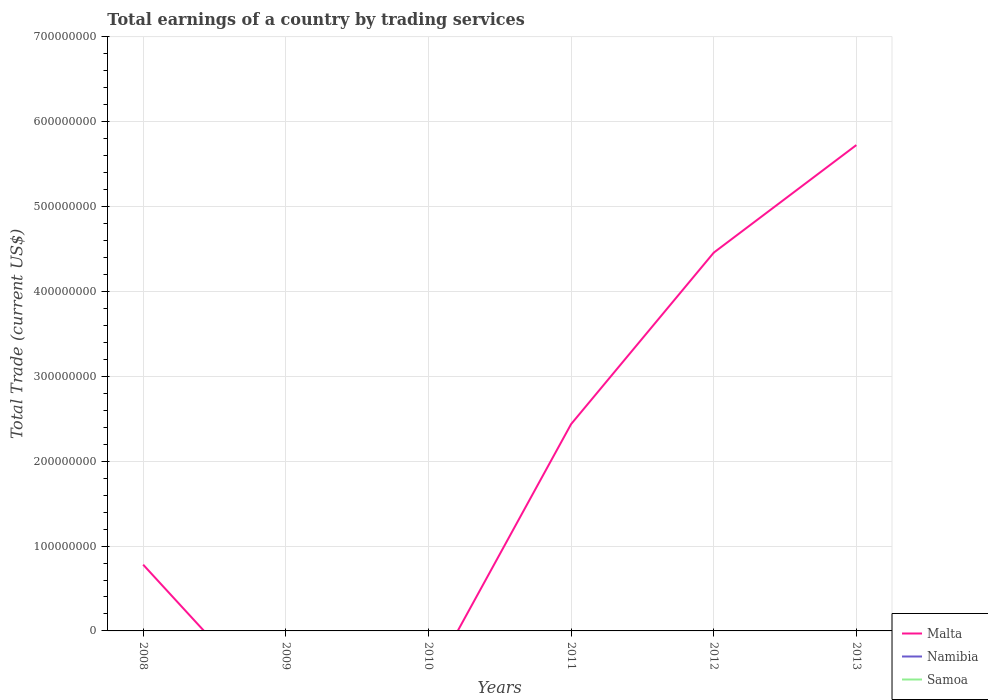
| Years | Malta | Namibia | Samoa |
 | --- | --- | --- | --- |
 | 2008 | 7.81e+07 | -7.23e+08 | -1.42e+08 |
 | 2009 | -1.05e+08 | -1.17e+09 | -1.14e+08 |
 | 2010 | -6.29e+07 | -1.17e+09 | -1.58e+08 |
 | 2011 | 2.44e+08 | -1.14e+09 | -1.85e+08 |
 | 2012 | 4.46e+08 | -1.78e+09 | -1.67e+08 |
 | 2013 | 5.73e+08 | -1.98e+09 | -1.9e+08 |